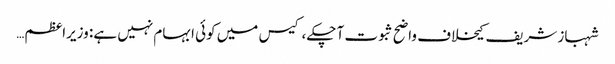
شہباز شریف کیخلاف واضح ثبوت آ چکے، کیس میں کوئی ابہام نہیں ہے: وزیراعظم…